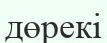
дөрекі